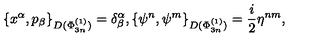
\left\{ x ^ { \alpha } , p _ { \beta } \right\} _ { D ( \Phi _ { 3 n } ^ { ( 1 ) } ) } = \delta _ { \beta } ^ { \alpha } , \left\{ \psi ^ { n } , \psi ^ { m } \right\} _ { D ( \Phi _ { 3 n } ^ { ( 1 ) } ) } = \frac { i } { 2 } \eta ^ { n m } ,